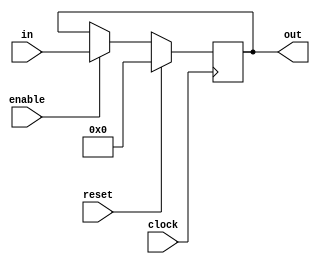
module Register (
    clock,
    enable,
    reset,
    in,
    out
);
  parameter width = 16;
  input clock, enable, reset;
  input signed [width - 1:0] in;
  output reg signed [width -1:0] out;
  initial begin
    out = 0;
  end
  always @(posedge clock) begin
    if (reset) out <= 0;
    else if (enable) out <= in;
  end
endmodule

module Register16_TB;
  reg clock = 0;
  reg enable = 1;
  reg reset = 0;
  reg signed [15:0] in;
  wire signed [15:0] out;

  always #1 clock = !clock;
  Register r (
      clock,
      enable,
      reset,
      in,
      out
  );

  initial begin
    #5 reset = 1;
    #5 reset = 0;
    #5 in = 5;
    #5 in = 17;
    #5 enable = 0;
    #5 in = 10;
    #5 $stop;
  end
endmodule